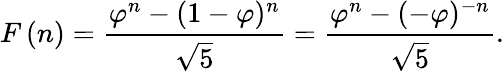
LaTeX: F\left(n\right)={\frac{\varphi^{n}-(1-\varphi)^{n}}{\sqrt{5}}}={\frac{\varphi^{n}-(-\varphi)^{-n}}{\sqrt{5}}}.